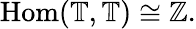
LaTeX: \mathrm{Hom}(\mathbb{T},\mathbb{T})\cong\mathbb{Z}.